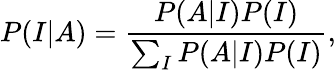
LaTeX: P(I|A)=\frac{P(A|I)P(I)}{\sum_{I}P(A|I)P(I)},